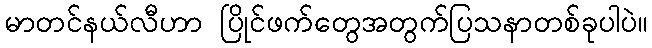
မာတင်နယ်လီဟာ ပြိုင်ဖက်တွေအတွက်ပြသနာတစ်ခုပါပဲ။